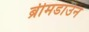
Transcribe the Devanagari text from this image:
ब्रीमडाउन